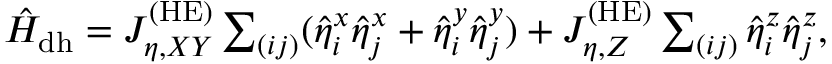
\begin{array} { r } { \hat { H } _ { \mathrm { d h } } = J _ { \eta , X Y } ^ { \mathrm { ( H E ) } } \sum _ { ( i j ) } ( \hat { \eta } _ { i } ^ { x } \hat { \eta } _ { j } ^ { x } + \hat { \eta } _ { i } ^ { y } \hat { \eta } _ { j } ^ { y } ) + J _ { \eta , Z } ^ { \mathrm { ( H E ) } } \sum _ { ( i j ) } \hat { \eta } _ { i } ^ { z } \hat { \eta } _ { j } ^ { z } , } \end{array}